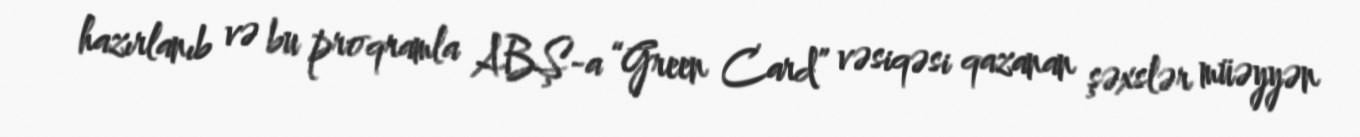
hazırlanıb və bu proqramla ABŞ-a “Green Card” vəsiqəsi qazanan şəxslər müəyyən